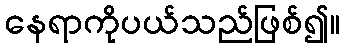
နေရာကိုပယ်သည်ဖြစ်၍။